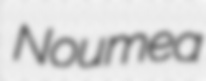
Noumea